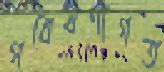
গবেষণাগত